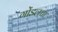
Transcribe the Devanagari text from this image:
गोंडलचा